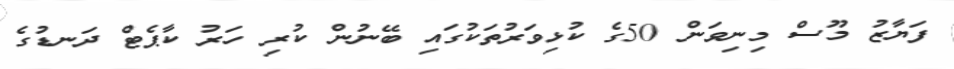
ފަޔާޒު މޫސް މިނިވަން 50ގެ ކުޅިވަރުތަކުގައި ބޭނުން ކުރި ހަރު ކާޕެޓް ދަނޑުގެ